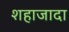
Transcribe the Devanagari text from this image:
शहाजादा